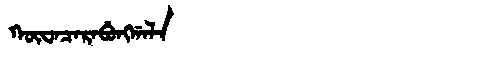
Manchu: ᡴᡡᠸᠠᠴᠠᡵᠠᠪᡠᠩᡤᠠᠯᠠ
Romanization: KŪWACARABUNGGALA